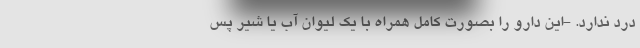
درد ندارد. -این دارو را بصورت کامل همراه با یک لیوان آب یا شیر پس